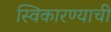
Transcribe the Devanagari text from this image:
स्विकारण्याची